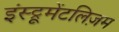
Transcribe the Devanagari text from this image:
इंस्ट्रूमेंटलिज़म